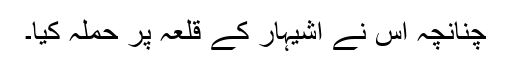
چنانچہ اس نے اشیہار کے قلعہ پر حملہ کیا۔